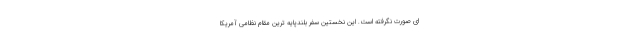
ای صورت نگرفته است. این نخستین سفر بلندپایه ترین مقام نظامی آمریکا